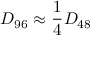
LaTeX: D _ { 9 6 } \approx { \frac { 1 } { 4 } } D _ { 4 8 }